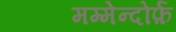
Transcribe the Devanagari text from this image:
मम्मेन्दोर्फ़